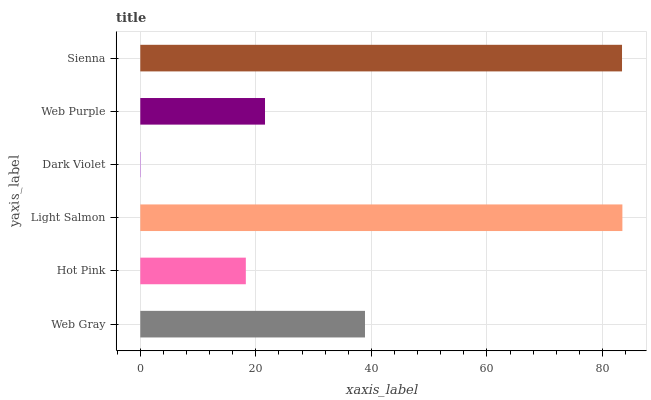
| yaxis_label | bars |
 | --- | --- |
 | Web Gray | 38.9 |
 | Hot Pink | 18.3 |
 | Light Salmon | 83.5 |
 | Dark Violet | 0.0522 |
 | Web Purple | 21.6 |
 | Sienna | 83.4 |